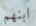
ابنهم